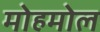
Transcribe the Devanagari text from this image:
मोहमोल